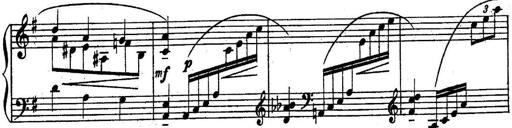
Title: Sonatine
Composer: Adrian Shaposhnikov
Key: E minor